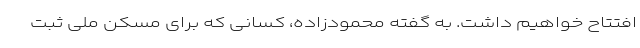
افتتاح خواهیم داشت. به گفته محمودزاده، کسانی که برای مسکن ملی ثبت